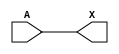
module sky130_fd_sc_hd__clkbuf_7 (
    X,
    A
);
    output X;
    input  A;
    wire buf0_out_X;
    buf buf0 (buf0_out_X, A              );
    buf buf1 (X         , buf0_out_X     );
endmodule